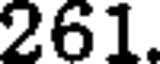
261.